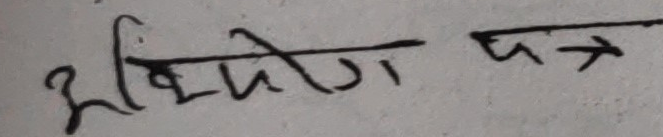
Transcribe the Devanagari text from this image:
अभियोग पत्र